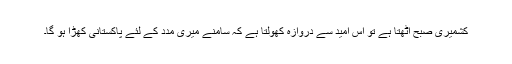
کشمیری صبح اٹھتا ہے تو اس امید سے دروازہ کھولتا ہے کہ سامنے میری مدد کے لئے پاکستانی کھڑا ہو گا۔